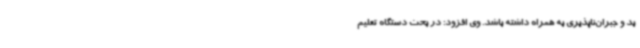
بد و جبران‌ناپذیری به همراه داشته باشد. وی افزود: در بحث دستگاه تعلیم